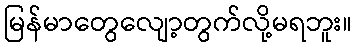
မြန်မာတွေလျော့တွက်လို့မရဘူး။